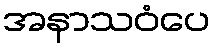
အနာသဝံပေ